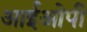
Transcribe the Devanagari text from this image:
आईओपी